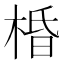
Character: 棔